Indian journal of veterinary science and animal husbandry - Volumes 15-17, 1948-1951
Year: 1948
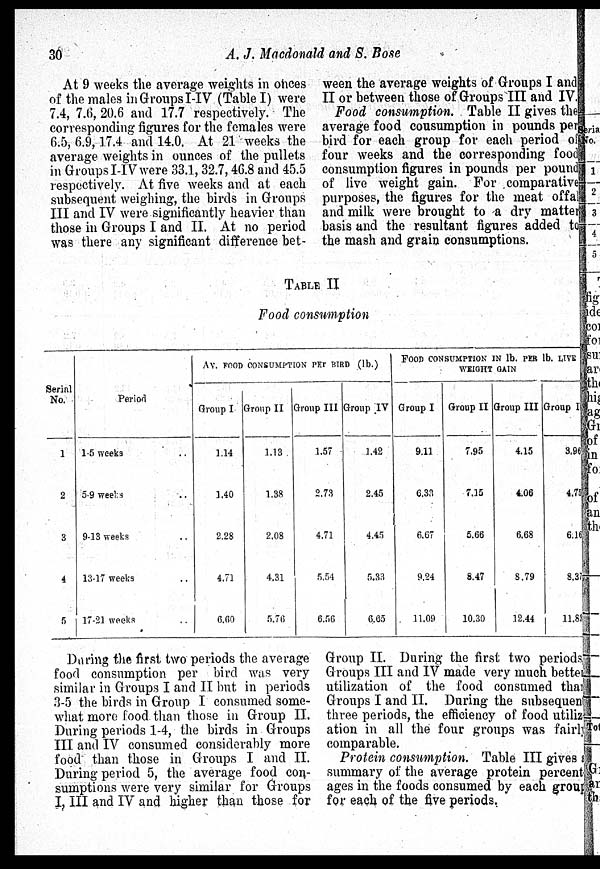
30
A. J. Macdonald and S. Bose
At 9 weeks the average weights in onces
of the males in Groups I-IV (Table I) were
7.4, 7.6, 20.6 and 17.7 respectively. The
corresponding figures for the females were
6.5, 6.9, 17.4 and 14.0. At 21 weeks the
average weights in ounces of the pullets
in Groups I-IV were 33.1, 32.7, 46.8 and 45.5
respectively. At five weeks and at each
subsequent weighing, the birds in Groups
III and IV were significantly heavier than
those in Groups I and II. At no period
was there any significant difference bet-
ween the average weights of Groups I and
II or between those of Groups III and IV.
Food consumption. Table II gives the
average food consumption in pounds per
bird for each group for each period of
four weeks and the corresponding food
consumption figures in pounds per pound
of live weight gain. For comparative
purposes, the figures for the meat offal
and milk were brought to a dry matter
basis and the resultant figures added to
the mash and grain consumptions.
TABLE II
Food consumption
Serial
No.
1
2
3
4
5
Period
1.5 weeks ..
5.9 weeks ..
9.13 weeks ..
13.17 weeks ..
17.21 weeks ..
AY. FOOD CONSUMPTION PER BIRDE (lb.)
Group I
1.14
1.40
2.28
4.71
6.60
Group II
1.13
1.38
2.08
4.31
5.76
Group III
1.57
2.73
4.71
5.54
6.56
Group IV
1.42
2.45
4.45
5.33
6.65
FOOD CONSUMPTION IN lb. PER lb. LIVE
WEIGHT GAIN
Group I
9.11
6.33
6.67
9.24
11.09
Group II
7.95
7.15
5.66
8.47
10.30
Group III
4.15
4.06
6.68
8.79
12.44
Group I
3.96
4.75
6.16
8.31
11.83
During the first two periods the average
food consumption per bird was very
similar in Groups I and II but in periods
3-5 the birds in Group I consumed some-
what more food than those in Group II.
During periods 1-4, the birds in Groups
III and IV consumed considerably more
food than those in Groups I and II.
During period 5, the average food con-
sumptions were very similar for Groups
I, III and IV and higher than those for
Group II. During the first two periods
Groups III and IV made very much better
utilization of the food consumed than
Groups I and II. During the subsequent
three periods, the efficiency of food utiliz
ation in all the four groups was fairly
comparable.
Protein consumption. Table III gives a
summary of the average protein percent
ages in the foods consumed by each group
for each of the five periods.